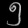
Digit: ၅